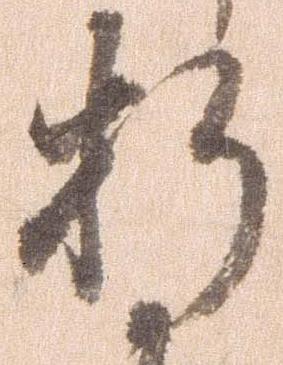
折